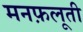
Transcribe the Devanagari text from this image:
मनफ़लूती